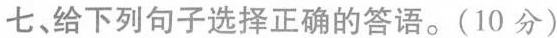
七、给下列句子选择正确的答语.(10 分)